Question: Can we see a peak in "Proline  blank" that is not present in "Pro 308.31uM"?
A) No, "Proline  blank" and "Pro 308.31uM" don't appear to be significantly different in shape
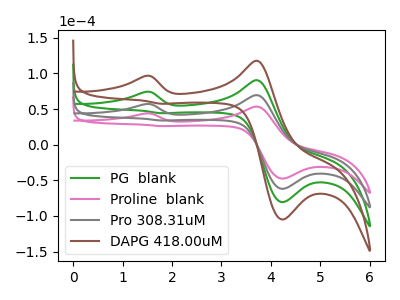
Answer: <think>The green curve "PG  blank" has anodic peaks at (1.45V, 113.85uA) (3.70V, 138.95uA) and cathodic peaks at (4.25V, -123.95uA) (1.80V, 67.70uA). The pink curve "Proline  blank" has anodic peaks at (1.45V, 43.75uA) (3.70V, 53.40uA) and cathodic peaks at (4.25V, -47.65uA) (1.80V, 26.00uA). The gray curve "Pro 308.31uM" has anodic peaks at (1.45V, 56.95uA) (3.70V, 69.45uA) and cathodic peaks at (4.25V, -62.00uA) (1.80V, 33.85uA). The brown curve "DAPG 418.00uM" has anodic peaks at (1.45V, 170.80uA) (3.70V, 208.40uA) and cathodic peaks at (4.25V, -185.95uA) (1.80V, 101.55uA).
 All the peaks in "Proline  blank" have a peak in "Pro 308.31uM" at the same potential.</think>
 <answer>A) No, "Proline  blank" and "Pro 308.31uM" don't appear to be significantly different in shape</answer>
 <eval>A</eval>